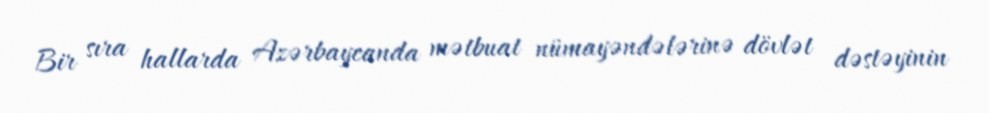
Bir sıra hallarda Azərbaycanda mətbuat nümayəndələrinə dövlət dəstəyinin